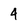
Character: 4